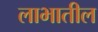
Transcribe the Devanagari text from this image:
लाभातील